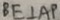
B E \bot A P